Report on the Civil Veterinary Department, Eastern Bengal and Assam - 1907-1911
Year: 1907
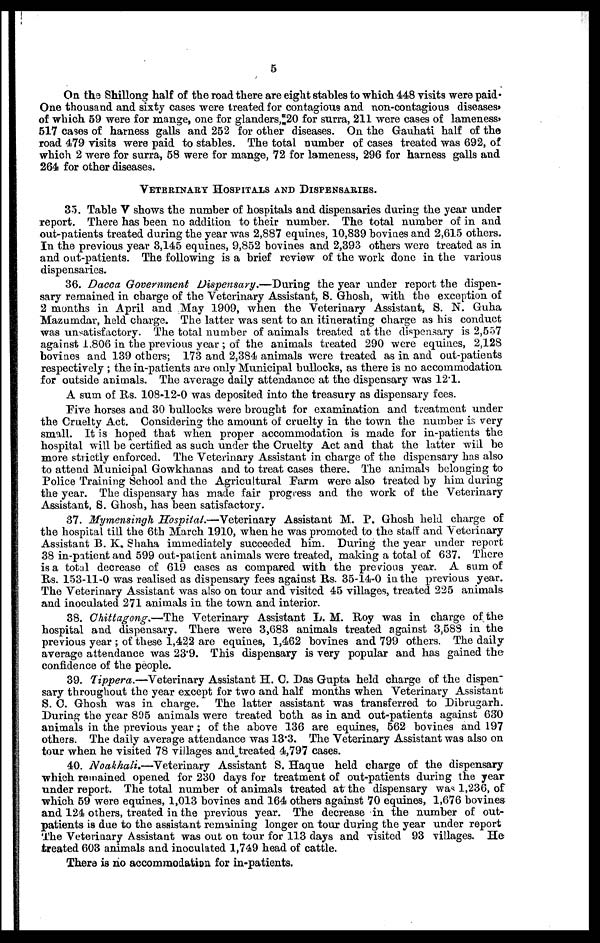
5
On the Shillong half of the road there are eight stables to which 448 visits were paid-
One thousand and sixty cases were treated for contagious and non-contagious diseases,
of which 59 were for mange, one for glanders, 20 for surra, 211 were cases of lameness,
517 cases of harness galls and 252 for other diseases. On the Gauhati half of the
road 479 visits were paid to stables. The total number of cases treated was 692, of
which 2 were for surra, 58 were for mange, 72 for lameness, 296 for harness galls and
264 for other diseases.
VETERINARY HOSPITALS AND DISPENSARIES.
35. Table V shows the number of hospitals and dispensaries during the year under
report. There has been no addition to their number. The total number of in and
out-patients treated during the year was 2,887 equines, 10,839 bovines and 2,615 others.
In the previous year 3,145 equines, 9,852 bovines and 2,393 others were treated as in
and out-patients. The following is a brief review of the work done in the various
dispensaries.
36. Dacca Government Dispensary.—During
the year under report the dispen-
sary remained in charge of the Veterinary Assistant, S. Ghosh, with the exception of
2 months in April and May 1909, when the Veterinary Assistant, S. N. Guha
Mazumdar, held charge. The latter was sent to an itinerating charge as his conduct
was unsatisfactory. The total number of animals treated at the dispensary is 2,557
against 1,806 in the previous year; of the animals treated 290 were equines, 2,128
bovines and 139 others; 173 and 2,384 animals were treated as in and out-patients
respectively; the in-patients are only Municipal bullocks, as there is no accommodation
for outside animals. The average daily attendance at the dispensary was 12.1.
A sum of Rs. 108-12-0 was deposited into the treasury as dispensary fees.
Five horses and 30 bullocks were brought for examination and treatment under
the Cruelty Act. Considering the amount of cruelty in the town the number is very
small. It is hoped that when proper accommodation is made for in-patients the
hospital will be certified as such under the Cruelty Act and that the latter will be
more strictly enforced. The Veterinary Assistant in charge of the dispensary has also
to attend Municipal Gowkhanas and to treat cases there. The animals belonging to
Police Training School and the Agricultural Farm were also treated by him during
the year. The dispensary has made fair progress and the work of the Veterinary
Assistant, S. Ghosh, has been satisfactory.
37. Mymensingh Hospital.—Veterinary
Assistant M. P. Ghosh held charge of
the hospital till the 6th March 1910, when he was promoted to the staff and Veterinary
Assistant B. K. Shaha immediately succeeded him. During the year under report
38 in-patient and 599 out-patient animals were treated, making a total of 637. There
is a total decrease of 619 cases as compared with the previous year. A sum of
Rs. 153-11-0 was realised as dispensary fees against Rs. 35-14-0 in the previous year.
The Veterinary Assistant was also on tour and visited 45 villages, treated 225 animals
and inoculated 271 animals in the town and interior.
38. Chittagong.—The
Veterinary Assistant L. M. Roy was in charge of the
hospital and dispensary. There were 3,683 animals treated against 3,588 in the
previous year; of these 1,422 are equines, 1,462 bovines and 799 others. The daily
average attendance was 23.9. This dispensary is very popular and has gained the
confidence of the people.
39. Tippera.—Veterinary
Assistant H. C. Das Gupta held charge of the dispen-
sary throughout the year except for two and half months when Veterinary Assistant
S. C. Ghosh was in charge.
The latter assistant was transferred to Dibrugarh.
During the year 895 animals were treated both as in and out-patients against 630
animals in the previous year; of the above 136 are equines, 562 bovines and 197
others. The daily average attendance was 13.3. The Veterinary Assistant was also on
tour when he visited 78 villages and treated 4,797 cases.
40. Noakhali—Veterinary
Assistant S. Haque held charge of the dispensary
which remained opened for 230 days for treatment of out-patients during the year
under report. The total number of animals treated at the dispensary was 1,236, of
which 59 were equines, 1,013 bovines and 164 others against 70 equines, 1,676 bovines
and 124 others, treated in the previous year. The decrease in the number of out-
patients is due to the assistant remaining longer on tour during the year under report
The Veterinary Assistant was out on tour for 113 days and visited 93 villages.
He
treated 603 animals and inoculated 1,749 head of cattle.
There is no accommodation for in-patients.